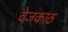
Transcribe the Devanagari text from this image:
वेजकाठ